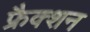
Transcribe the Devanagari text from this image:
फ्रैक्शन